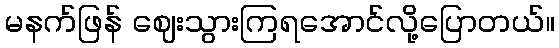
မနက်ဖြန် ဈေးသွားကြရအောင်လို့ပြောတယ်။